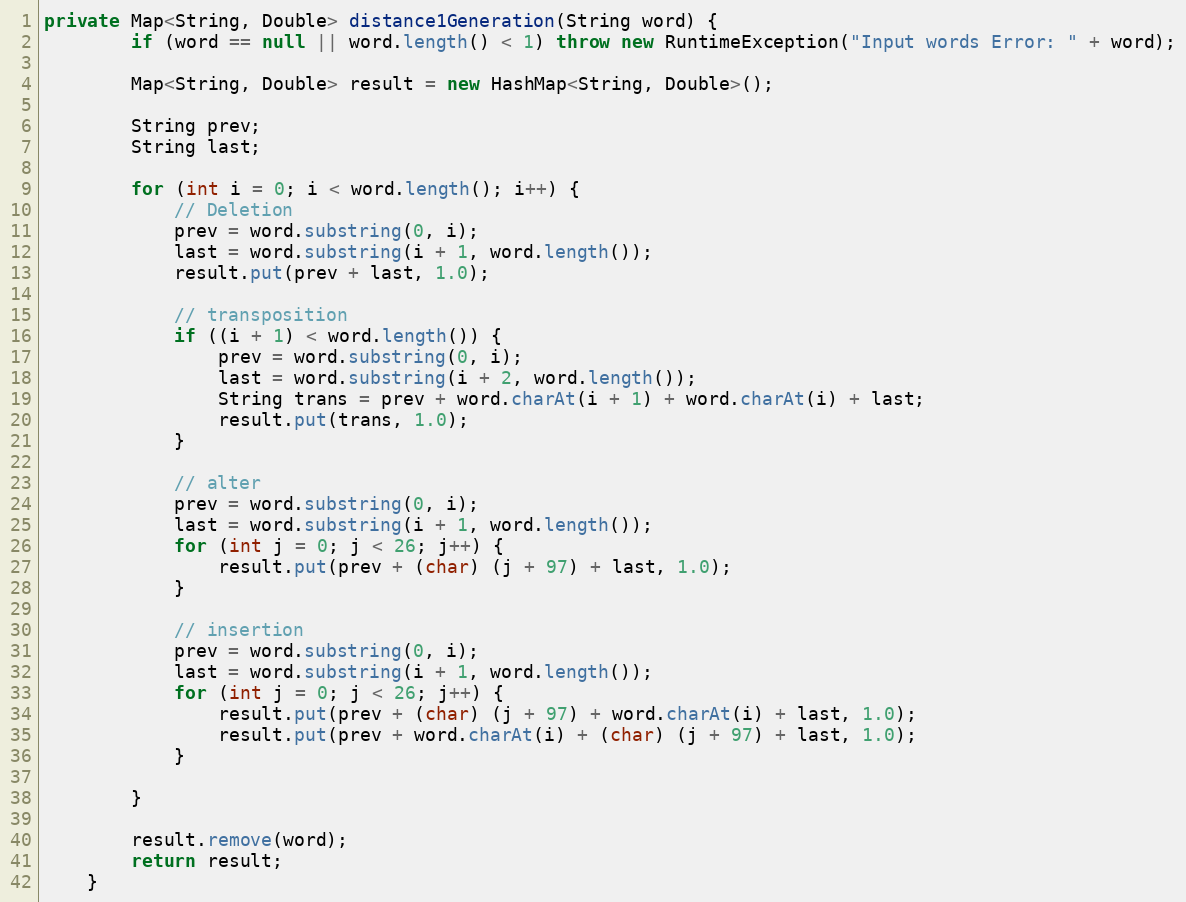
Language: Java
private Map<String, Double> distance1Generation(String word) {
        if (word == null || word.length() < 1) throw new RuntimeException("Input words Error: " + word);

        Map<String, Double> result = new HashMap<String, Double>();

        String prev;
        String last;

        for (int i = 0; i < word.length(); i++) {
            // Deletion
            prev = word.substring(0, i);
            last = word.substring(i + 1, word.length());
            result.put(prev + last, 1.0);

            // transposition
            if ((i + 1) < word.length()) {
                prev = word.substring(0, i);
                last = word.substring(i + 2, word.length());
                String trans = prev + word.charAt(i + 1) + word.charAt(i) + last;
                result.put(trans, 1.0);
            }

            // alter
            prev = word.substring(0, i);
            last = word.substring(i + 1, word.length());
            for (int j = 0; j < 26; j++) {
                result.put(prev + (char) (j + 97) + last, 1.0);
            }

            // insertion
            prev = word.substring(0, i);
            last = word.substring(i + 1, word.length());
            for (int j = 0; j < 26; j++) {
                result.put(prev + (char) (j + 97) + word.charAt(i) + last, 1.0);
                result.put(prev + word.charAt(i) + (char) (j + 97) + last, 1.0);
            }

        }

        result.remove(word);
        return result;
    }